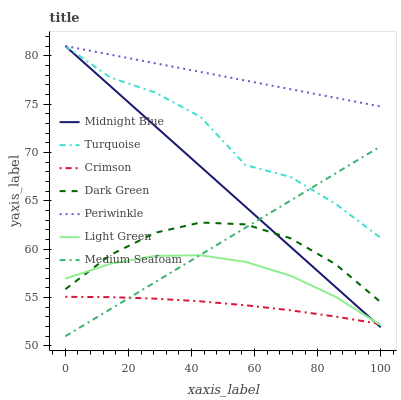
| xaxis_label | Midnight Blue | Turquoise | Crimson | Dark Green | Periwinkle | Light Green | Medium Seafoam |
 | --- | --- | --- | --- | --- | --- | --- | --- |
 | 0 | 81 | 81 | 55.1 | 55.9 | 81 | 56.9 | 51 |
 | 14.3 | 76.8 | 77.7 | 55 | 59.4 | 80.1 | 58.5 | 53.8 |
 | 28.6 | 72.7 | 76.2 | 54.9 | 61.7 | 79.2 | 59.3 | 56.6 |
 | 42.9 | 68.5 | 73.7 | 54.6 | 62.8 | 78.3 | 59.4 | 59.4 |
 | 57.1 | 64.4 | 68.7 | 54.2 | 62.6 | 77.4 | 58.7 | 62.2 |
 | 71.4 | 60.2 | 67.5 | 53.7 | 61.1 | 76.5 | 57.3 | 65 |
 | 85.7 | 56.1 | 64.7 | 53 | 58.4 | 75.6 | 55.1 | 67.8 |
 | 100 | 51.9 | 61.2 | 52.3 | 54.5 | 74.7 | 52.1 | 70.6 |